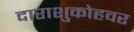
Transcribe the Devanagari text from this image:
दाराशुकोहवर